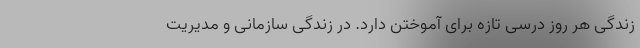
زندگی هر روز درسی تازه برای آموختن دارد. در زندگی سازمانی و مدیریت